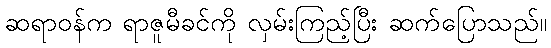
ဆရာဝန်က ရာဇူမီခင်ကို လှမ်းကြည့်ပြီး ဆက်ပြောသည်။